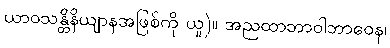
ယာဝသန္တိနိယျာနအဖြစ်ကို ယူ)။ အညထာဘာဝါဘာဝေန၊